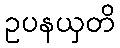
ဥပနယှတိ